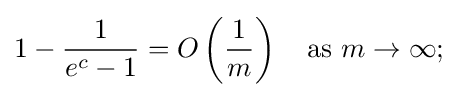
1-{\frac {1}{e^{c}-1}}=O\left({\frac {1}{m}}\right)\quad {\text{as }}m\rightarrow \infty ;